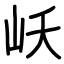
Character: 岆